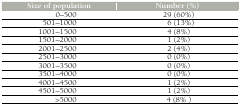
| Size of population | Number (%) |
 | --- | --- |
 | 0-500 | 29 (60%) |
 | 501-1000 | 6 (13%) |
 | 1001-1500 | 4 (8%) |
 | 1501-2000 | 1 (2%) |
 | 2001-2500 | 2 (4%) |
 | 2501-3000 | 0 (0%) |
 | 3001-3500 | 0 (0%) |
 | 3501-4000 | 0 (0%) |
 | 4001-4500 | 1 (2%) |
 | 4501-5000 | 1 (2%) |
 | >5000 | 4 (8%) |